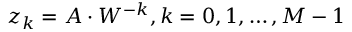
z _ { k } = A \cdot W ^ { - k } , k = 0 , 1 , \dots , M - 1